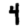
Digit: 4